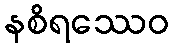
နစိရဿေဝ